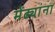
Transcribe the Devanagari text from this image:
मेंढ्यांना